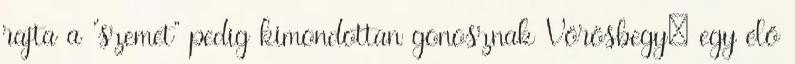
rajta a “szemet” pedig kimondottan gonosznak Vörösbegy: egy élő